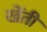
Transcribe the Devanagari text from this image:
खेंती